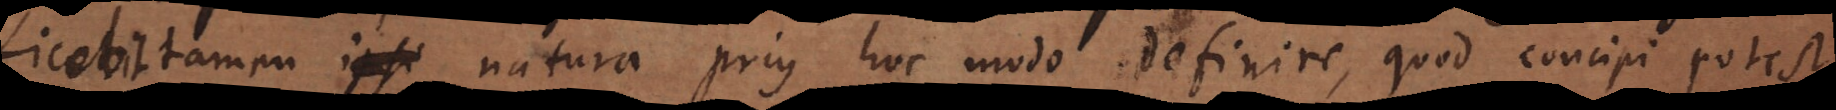
Licebit tamen natura prius hoc modo definire, quod concipi potest